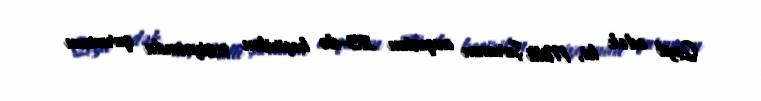
Qeyd edək ki, Milli Şuranın avqustun 23-də keçirilən sessiyasında qurumun